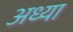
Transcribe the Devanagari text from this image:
अध्या